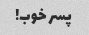
پسر خوب!